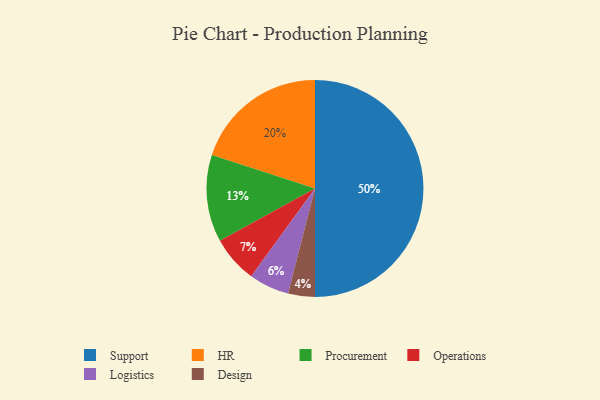
{"axis": {"x": "Category", "y": "Percentage"}, "legend": ["Design", "HR", "Logistics", "Operations", "Procurement", "Support"], "data": [{"x": "Procurement", "y": 13, "type": "Procurement"}, {"x": "Operations", "y": 7, "type": "Operations"}, {"x": "HR", "y": 20, "type": "HR"}, {"x": "Logistics", "y": 6, "type": "Logistics"}, {"x": "Support", "y": 50, "type": "Support"}, {"x": "Design", "y": 4, "type": "Design"}]}